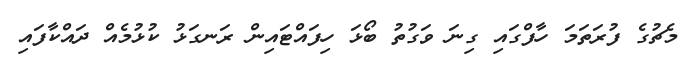
މެޗުގެ ފުރަތަމަ ހާފްގައި ގިނަ ވަގުތު ބޯޅަ ހިފައްޓައިން ރަނގަޅު ކުޅުމެއް ދައްކާފައި